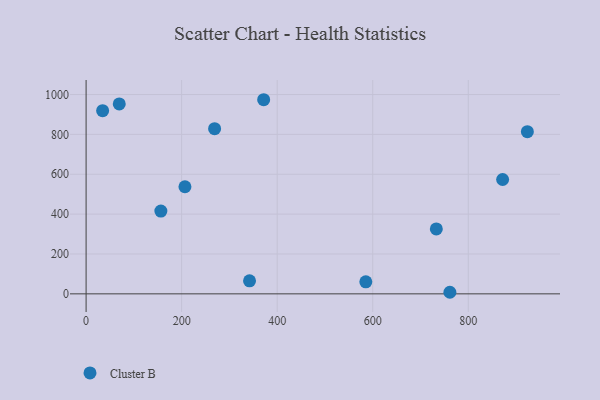
{"axis": {"x": "Speed", "y": "Profit"}, "legend": ["Cluster B"], "data": [{"x": "206.9", "y": 537.3, "type": "Cluster B"}, {"x": "69.4", "y": 952.9, "type": "Cluster B"}, {"x": "761.5", "y": 7.9, "type": "Cluster B"}, {"x": "923.7", "y": 813.5, "type": "Cluster B"}, {"x": "156.5", "y": 415.1, "type": "Cluster B"}, {"x": "871.9", "y": 573.8, "type": "Cluster B"}, {"x": "269.0", "y": 828.9, "type": "Cluster B"}, {"x": "585.5", "y": 60.3, "type": "Cluster B"}, {"x": "342.1", "y": 65.5, "type": "Cluster B"}, {"x": "733.1", "y": 325.7, "type": "Cluster B"}, {"x": "34.6", "y": 919.2, "type": "Cluster B"}, {"x": "371.7", "y": 973.9, "type": "Cluster B"}]}